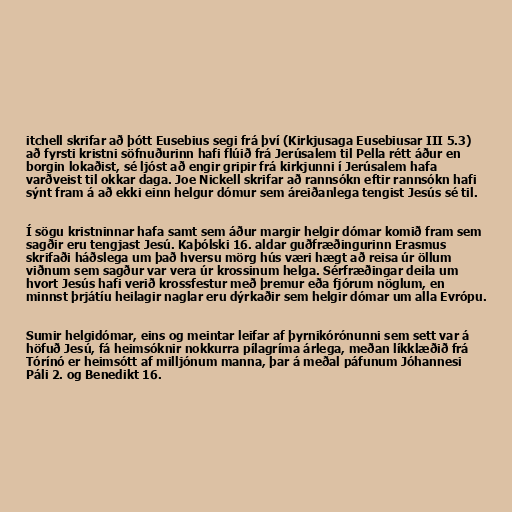
itchell skrifar að þótt Eusebius segi frá því (Kirkjusaga Eusebiusar III 5.3)
að fyrsti kristni söfnuðurinn hafi flúið frá Jerúsalem til Pella rétt áður en
borgin lokaðist, sé ljóst að engir gripir frá kirkjunni í Jerúsalem hafa
varðveist til okkar daga. Joe Nickell skrifar að rannsókn eftir rannsókn hafi
sýnt fram á að ekki einn helgur dómur sem áreiðanlega tengist Jesús sé til.

Í sögu kristninnar hafa samt sem áður margir helgir dómar komið fram sem
sagðir eru tengjast Jesú. Kaþólski 16. aldar guðfræðingurinn Erasmus
skrifaði háðslega um það hversu mörg hús væri hægt að reisa úr öllum
viðnum sem sagður var vera úr krossinum helga. Sérfræðingar deila um
hvort Jesús hafi verið krossfestur með þremur eða fjórum nöglum, en
minnst þrjátíu heilagir naglar eru dýrkaðir sem helgir dómar um alla Evrópu.

Sumir helgidómar, eins og meintar leifar af þyrnikórónunni sem sett var á
höfuð Jesú, fá heimsóknir nokkurra pílagríma árlega, meðan líkklæðið frá
Tórínó er heimsótt af milljónum manna, þar á meðal páfunum Jóhannesi
Páli 2. og Benedikt 16.